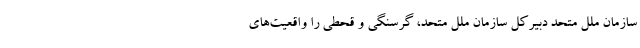
سازمان ملل متحد دبیرکل سازمان ملل متحد، گرسنگی و قحطی را واقعیت‌های